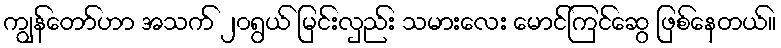
ကျွန်တော်ဟာ အသက် ၂၀ရွယ် မြင်းလှည်း သမားလေး မောင်ကြင်ဆွေ ဖြစ်နေတယ်။